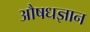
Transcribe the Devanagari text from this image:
औषधज्ञान